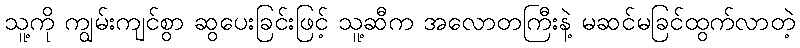
သူ့ကို ကျွမ်းကျင်စွာ ဆွပေးခြင်းဖြင့် သူ့ဆီက အလောတကြီးနဲ့ မဆင်မခြင်ထွက်လာတဲ့